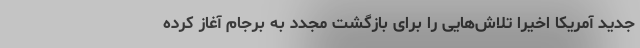
جدید آمریکا اخیرا تلاش‌هایی را برای بازگشت مجدد به برجام آغاز کرده